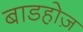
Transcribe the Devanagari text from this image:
बाडहोज़